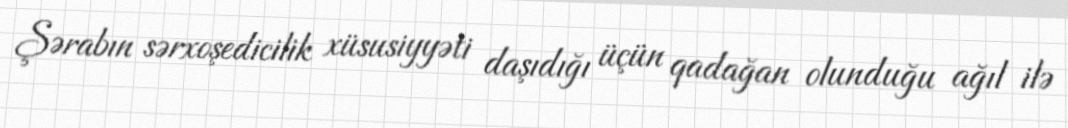
Şərabın sərxoşedicilik xüsusiyyəti daşıdığı üçün qadağan olunduğu ağıl ilə